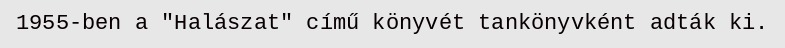
1955-ben a "Halászat" című könyvét tankönyvként adták ki.